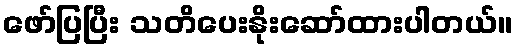
ဖော်ပြပြီး သတိပေးနိုးဆော်ထားပါတယ်။